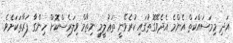
އަދި މިމަސައްކަތް އެންމެ އެދެވޭގޮތުގައި ކުރެވޭނީ ތަޢުލީމީ ނިޡާމް ވިލަރެސްކޮށް ހިންގާ ފަރާތަކަށެވެ.